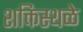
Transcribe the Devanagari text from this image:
शक्तिस्थळे